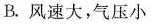
B.风速大，气压小